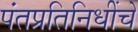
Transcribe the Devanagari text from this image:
पंतप्रतिनिधींचे